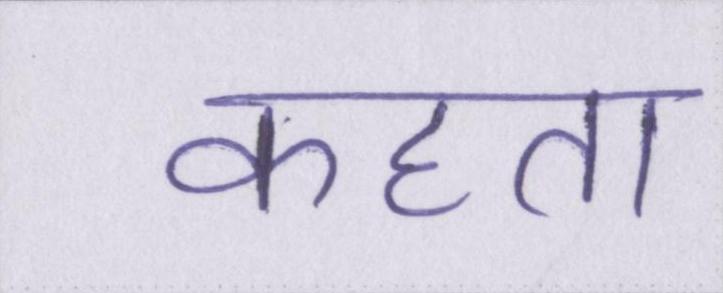
कहता